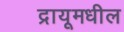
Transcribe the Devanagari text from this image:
द्रायूमधील